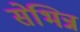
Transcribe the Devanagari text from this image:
सेभिन्न